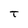
Character: T